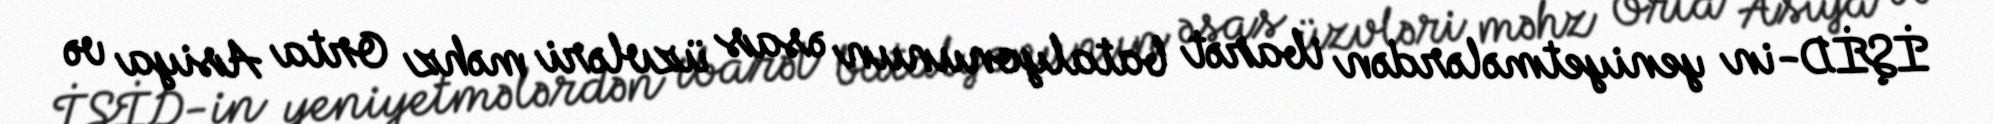
İŞİD-in yeniyetmələrdən ibarət batalyonunun əsas üzvləri məhz Orta Asiya və